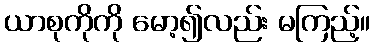
ယာစုကိုကို မော့၍လည်း မကြည့်။